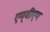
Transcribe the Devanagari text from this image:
एम्‌बीएम